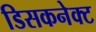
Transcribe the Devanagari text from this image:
डिसकनेक्ट